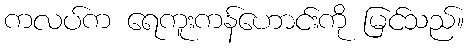
ကလပ်က ရေကူးကန်ဟောင်းကို မြင်သည်။